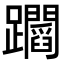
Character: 𨇲